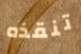
تنقذه